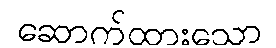
ဆောက်ထားသော